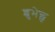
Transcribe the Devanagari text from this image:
शुभेछु